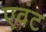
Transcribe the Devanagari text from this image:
एवंट